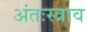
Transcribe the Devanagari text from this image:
अंतःस्त्राव